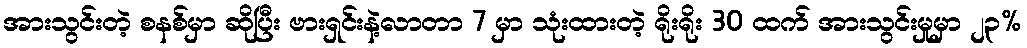
အားသွင်းတဲ့ စနစ်မှာ ဆိုပြီး ဗားရှင်းနဲ့လာတာ 7 မှာ သုံးထားတဲ့ ရိုးရိုး 30 ထက် အားသွင်းမှုမှာ ၂၃%